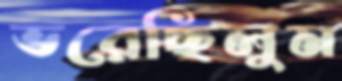
ভরেছিলুম